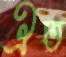
ঐত